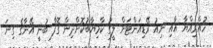
ހުއްރިއްޔާ އާއި ނިއު ރޭޑިއަންޓަށް ލީގު ކާމިޔާބުކޮށްދިން ގޮފާ ބުނީ އޭނާގެ ގިނަ